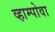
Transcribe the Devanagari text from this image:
व्हाम्पोवा